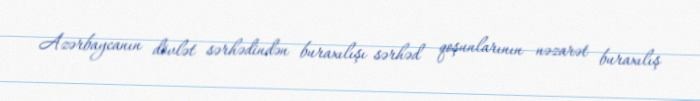
Azərbaycanın dövlət sərhədindən buraxılışı sərhəd qoşunlarının nəzarət buraxılış